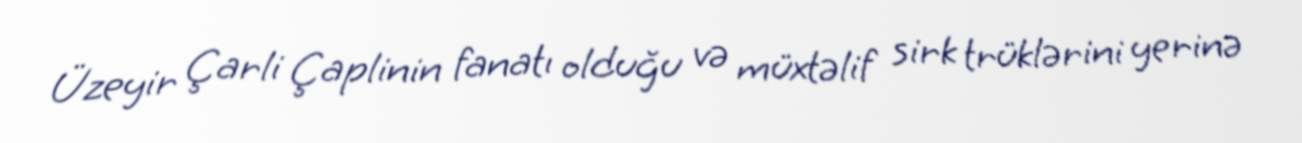
Üzeyir Çarli Çaplinin fanatı olduğu və müxtəlif sirk trüklərini yerinə